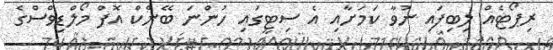
ރިޕޯޓެއް ލިބިފައި ނުވާ ކަމަށާއި އެ ސިޓީގައި ހުންނަ ބޭންކް އޮފް މޯލްޑިވްސްގެ